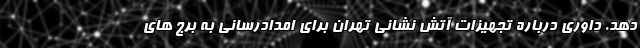
دهد. داوری درباره تجهیزات آتش نشانی تهران برای امدادرسانی به برج های